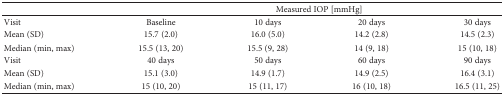
<table><thead><tr><td></td><td colspan="4"><b>Measured IOP [mmHg]</b></td></tr></thead><tbody><tr><td>Visit</td><td>Baseline</td><td>10 days</td><td>20 days</td><td>30 days</td></tr><tr><td>Mean (SD)</td><td>15.7 (2.0)</td><td>16.0 (5.0)</td><td>14.2 (2.8)</td><td>14.5 (2.3)</td></tr><tr><td>Median (min, max)</td><td>15.5 (13, 20)</td><td>15.5 (9, 28)</td><td>14 (9, 18)</td><td>15 (10, 18)</td></tr><tr><td>Visit</td><td>40 days</td><td>50 days</td><td>60 days</td><td>90 days</td></tr><tr><td>Mean (SD)</td><td>15.1 (3.0)</td><td>14.9 (1.7)</td><td>14.9 (2.5)</td><td>16.4 (3.1)</td></tr><tr><td>Median (min, max)</td><td>15 (10, 20)</td><td>15 (11, 17)</td><td>16 (10, 18)</td><td>16.5 (11, 25)</td></tr></tbody></table>